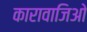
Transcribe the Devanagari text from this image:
कारावाजिओ